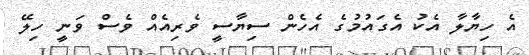
އެ ހިޔާލާ އެކު އެގައުމުގެ އެހެން ސިޔާސީ ވެރިއެއް ވެސް ވަނީ ހިލޭ